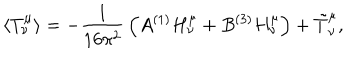
\langle T _ { \nu } ^ { \mu } \rangle = - { \frac { 1 } { 1 6 \pi ^ { 2 } } } \left( A { } ^ { ( 1 ) } H _ { \nu } ^ { \mu } + B { } ^ { ( 3 ) } H _ { \nu } ^ { \mu } \right) + \tilde { T } _ { \nu } ^ { \mu } ,